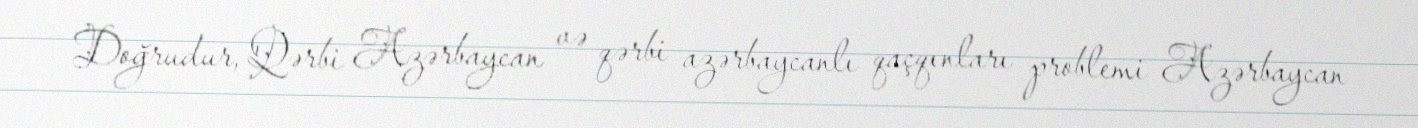
Doğrudur, Qərbi Azərbaycan və qərbi azərbaycanlı qaçqınları problemi Azərbaycan